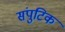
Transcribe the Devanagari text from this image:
संपुटिक